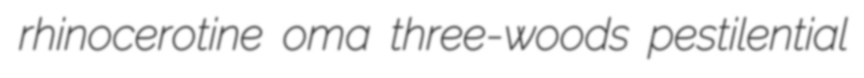
rhinocerotine oma three-woods pestilential